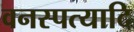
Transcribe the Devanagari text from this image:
वनस्पत्यादि